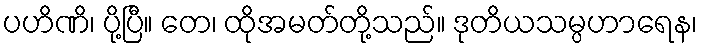
ပဟိဏိ၊ ပို့ပြီ။ တေ၊ ထိုအမတ်တို့သည်။ ဒုတိယသမ္ပဟာရေန၊